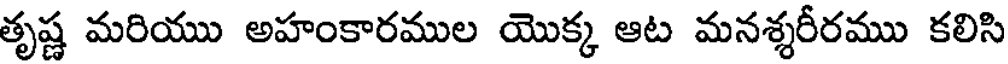
తృష్ణ మరియు అహంకారముల యొక్క ఆట మనశ్శరీరము కలిసి